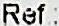
REF: